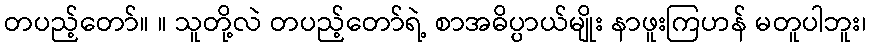
တပည့်တော်။ ။ သူတို့လဲ တပည့်တော်ရဲ့ စာအဓိပ္ပာယ်မျိုး နာဖူးကြဟန် မတူပါဘူး၊